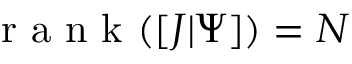
\mathrm { ~ r ~ a ~ n ~ k ~ } ( [ J \vert \Psi ] ) = N